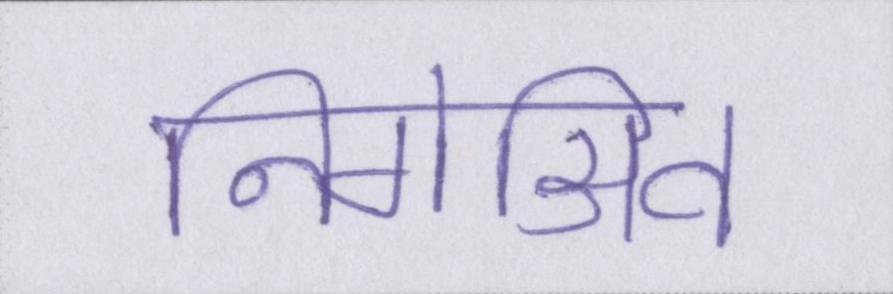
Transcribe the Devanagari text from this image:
निगेअिव